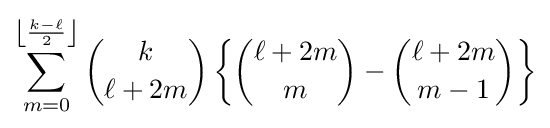
\sum _{m=0}^{\left\lfloor {\frac {k-\ell }{2}}\right\rfloor }{\binom {k}{\ell +2m}}\left\{{\binom {\ell +2m}{m}}-{\binom {\ell +2m}{m-1}}\right\}